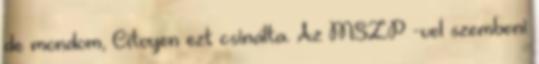
de mondom, Citoyen ezt csinálta. Az MSZP -vel szembeni